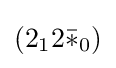
(2_{1}2{\bar {*}}_{0})